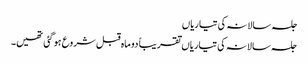
جلسہ سالانہ کی تیاریاں
جلسہ سالانہ کی تیاریاں تقریباً دو ماہ قبل شروع ہو گئی تھیں۔